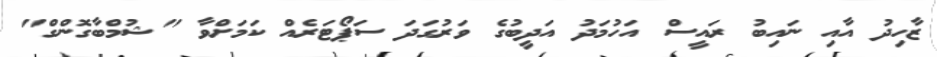
ޒާހިދު އާއި ނައިބު ރައީސް އަހުމަދު އަދީބުގެ ވަރުގަދަ ސަޕޯޓަރެއް ކަމަށްވާ "ޝުމްބާގޮންގް"